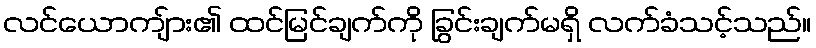
လင်ယောကျ်ား၏ ထင်မြင်ချက်ကို ခြွင်းချက်မရှိ လက်ခံသင့်သည်။